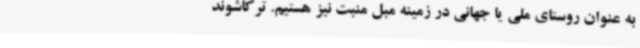
به عنوان روستای ملی یا جهانی در زمینه مبل منبت نیز هستیم. ترکاشوند